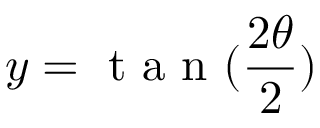
y = \textrm { t a n } ( \frac { 2 \theta } { 2 } )